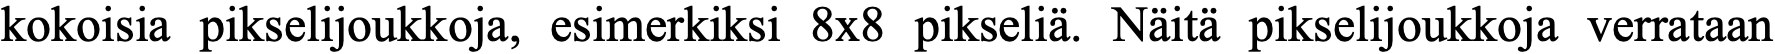
kokoisia pikselijoukkoja, esimerkiksi 8x8 pikseliä. Näitä pikselijoukkoja verrataan